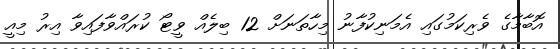
އޮބާމާގެ ވެރިކަމުގައި އެމަނިކުފާނު މިހާތަނަށް 12 ބިލެއް ވީޓޯ ކުރައްވާފައިވާ އިރު މިއީ